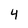
Character: 4